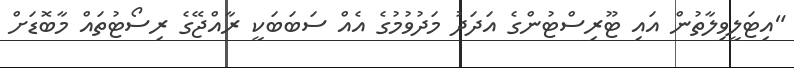
"އިޓަލީވިލާތުން އައި ޓޫރިސްޓުންގެ އަދަދު މަދުވުމުގެ އެއް ސަބަބަކީ ރާއްޖޭގެ ރިސޯޓުތައް މާބޮޑަށް